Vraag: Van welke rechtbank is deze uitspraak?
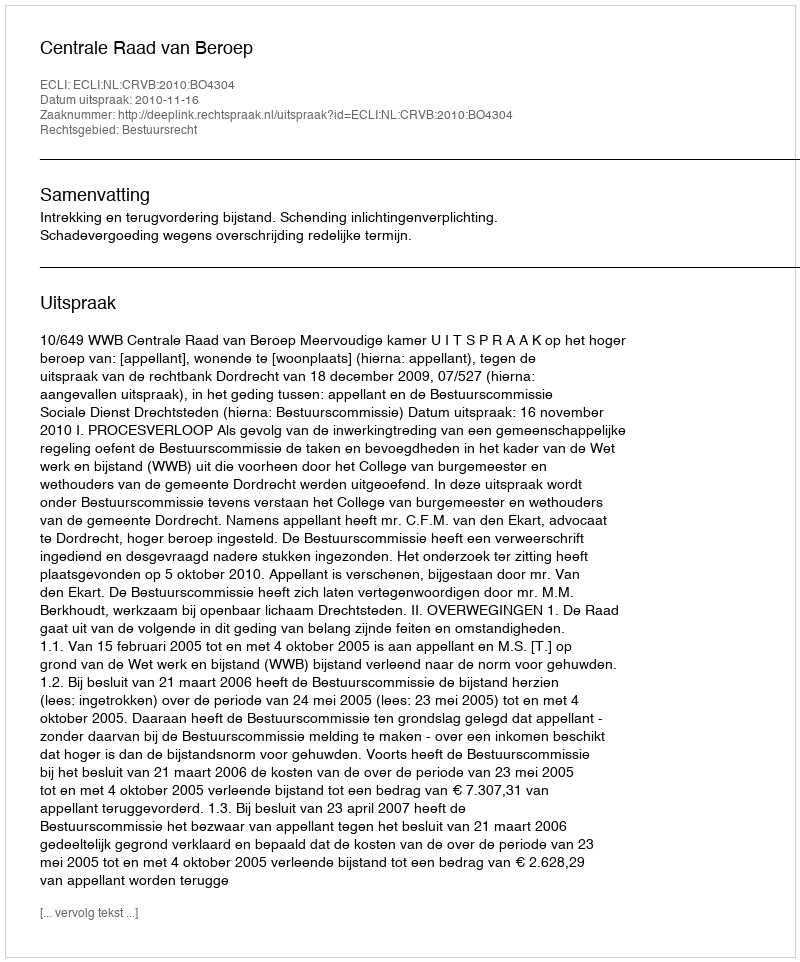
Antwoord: Centrale Raad van Beroep